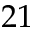
2 1